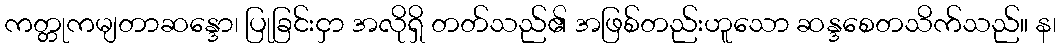
ကတ္တုကမျတာဆန္ဒော၊ ပြုခြင်းငှာ အလိုရှိ တတ်သည်၏ အဖြစ်တည်းဟူသော ဆန္ဒစေတသိက်သည်။ န၊